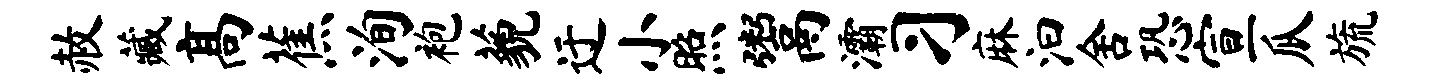
赦藏高蕉洵袍藐迂小照鬻灞习麻汩舍恐宣瓜旒